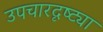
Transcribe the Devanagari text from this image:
उपचारदृष्ट्या